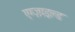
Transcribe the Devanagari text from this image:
एग्ज़ाइल्ड